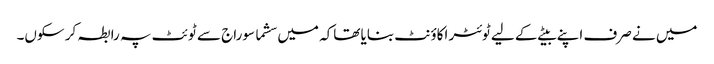
میں نے صرف اپنے بیٹے کے لیے ٹوئٹر اکاؤنٹ بنایا تھاکہ میں سشما سوراج سے ٹوئٹ پہ رابطہ کر سکوں۔